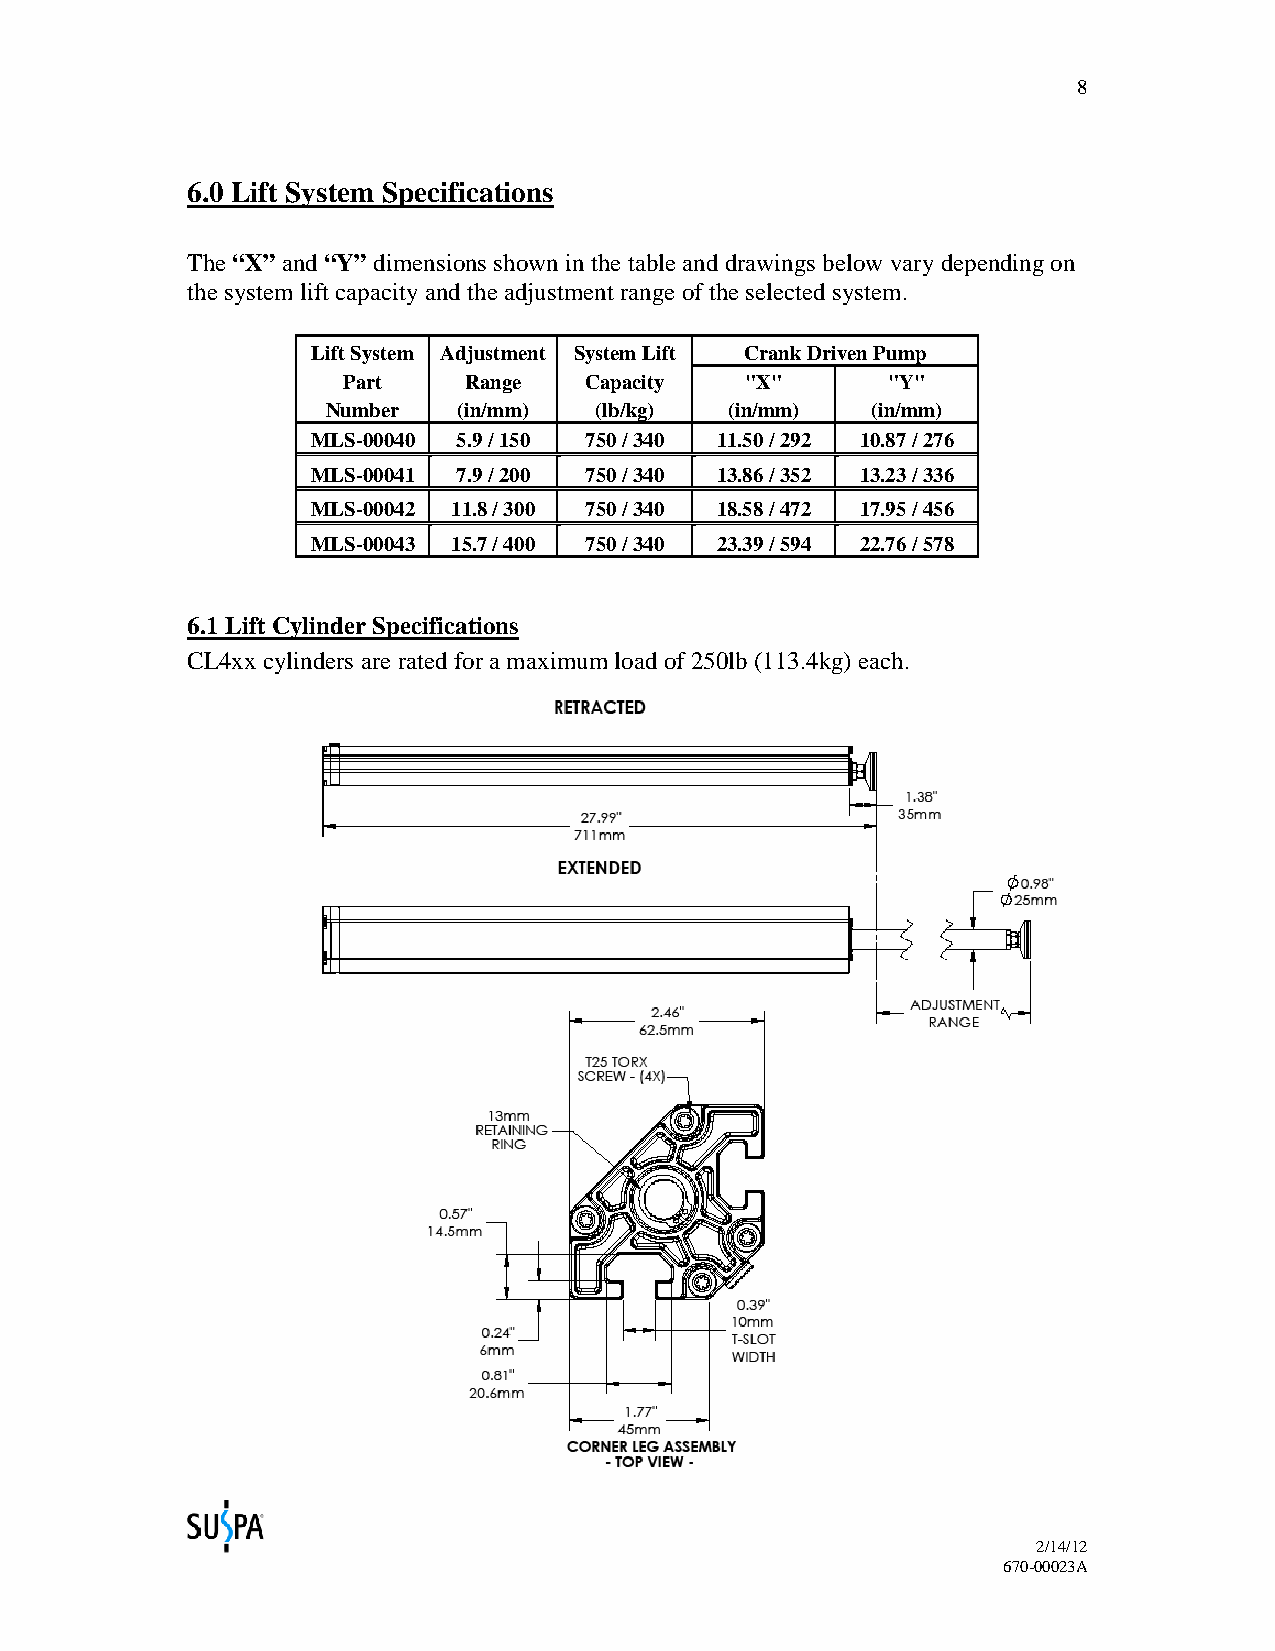
8
 6.0 Lift System Specifications
 The “X” and “Y” dimensions shown in the table and drawings below vary depending on
 the system lift capacity and the adjustment range of the selected system.
 Lift System Adjustment System Lift Crank Driven Pump
 Part    Range   Capacity  "X"       "Y"
 Number  (in/mm)  (lb/kg)  (in/mm)   (in/mm)
 MLS-00040 5.9 / 150 750 / 340 11.50 / 292 10.87 / 276
 MLS-00041 7.9 / 200 750 / 340 13.86 / 352 13.23 / 336
 MLS-00042 11.8 / 300 750 / 340 18.58 / 472 17.95 / 456
 MLS-00043 15.7 / 400 750 / 340 23.39 / 594 22.76 / 578
 6.1 Lift Cylinder Specifications
 CL4xx cylinders are rated for a maximum load of 250lb (113.4kg) each.
 2/14/12
 670-00023A